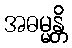
အဓမ္မန္တိ